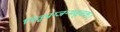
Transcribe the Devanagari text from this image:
पितृप्राग्जन्मसूचकः।